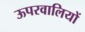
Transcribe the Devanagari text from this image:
ऊपरवालियों